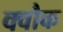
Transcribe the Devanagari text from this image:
क्वौक